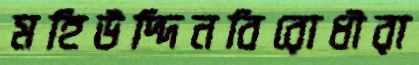
মহিউদ্দিনবিরোধীরা